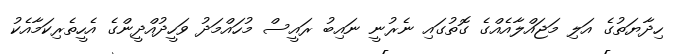
ހިދާޔަތުގެ އަލި މަޖައްލާއެއްގެ ގޮތުގައި ނެރުނީ ނައިބު ރައީސް މުހައްމަދު ވަހީދުއްދީންގެ އެހީތެރިކަމާއެކު